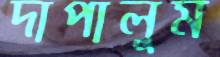
দাপালুম